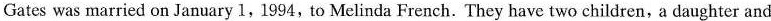
Gates was married onJanuary 1,1994, to Melinda French. They have two children, a daughter and